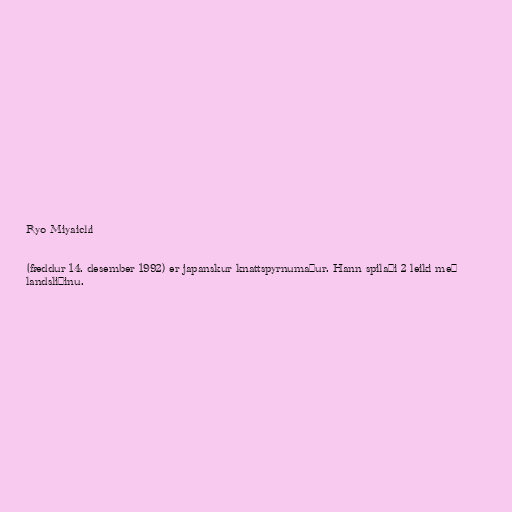
Ryo Miyaichi

(fæddur 14. desember 1992) er japanskur knattspyrnumaður. Hann spilaði 2 leiki með
landsliðinu.